18_100754_ General 1946-7_Vol_2
Agency: Department of War
Incident date: 12/30/47
Page 20
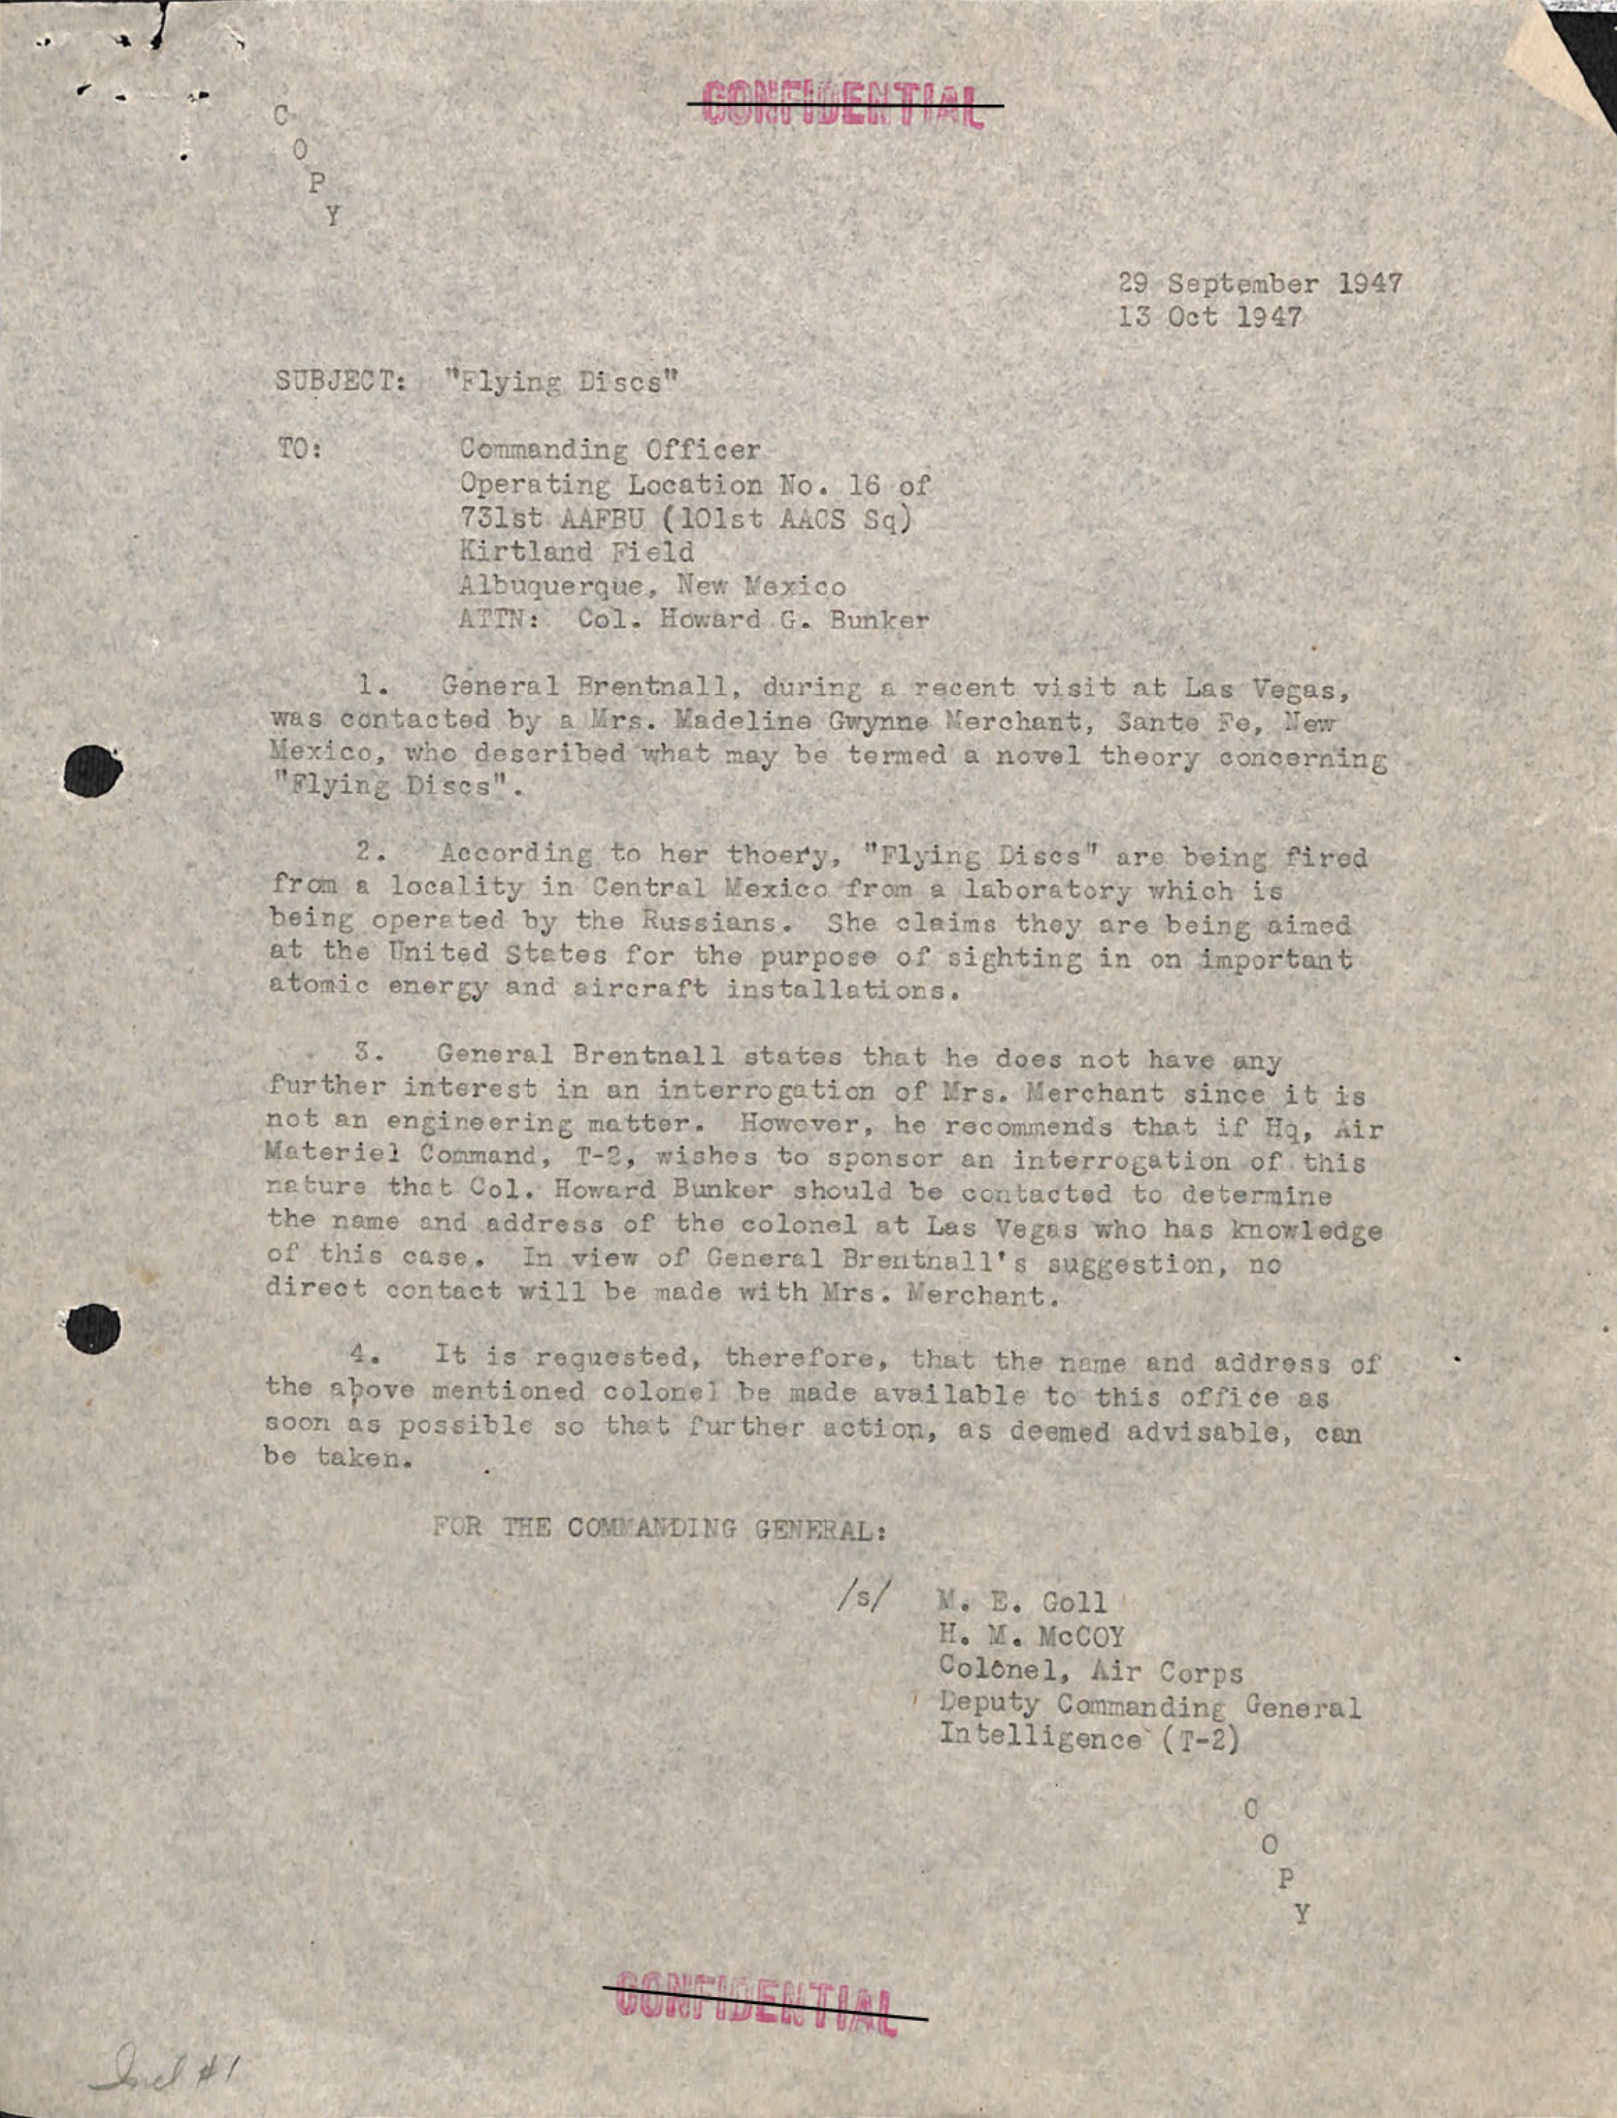